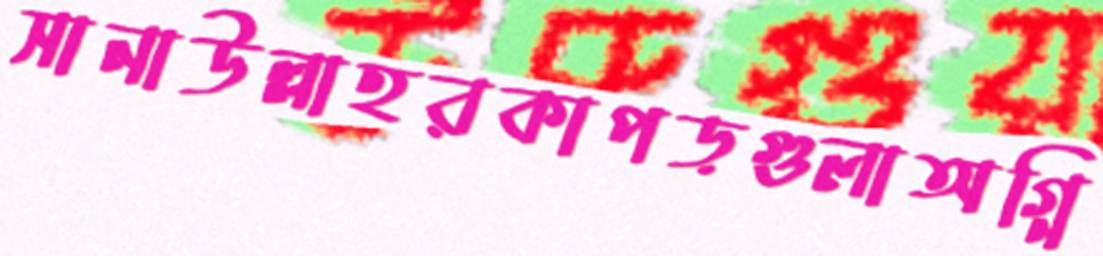
সানাউল্লাহরকাপড়গুলাঅগ্নি